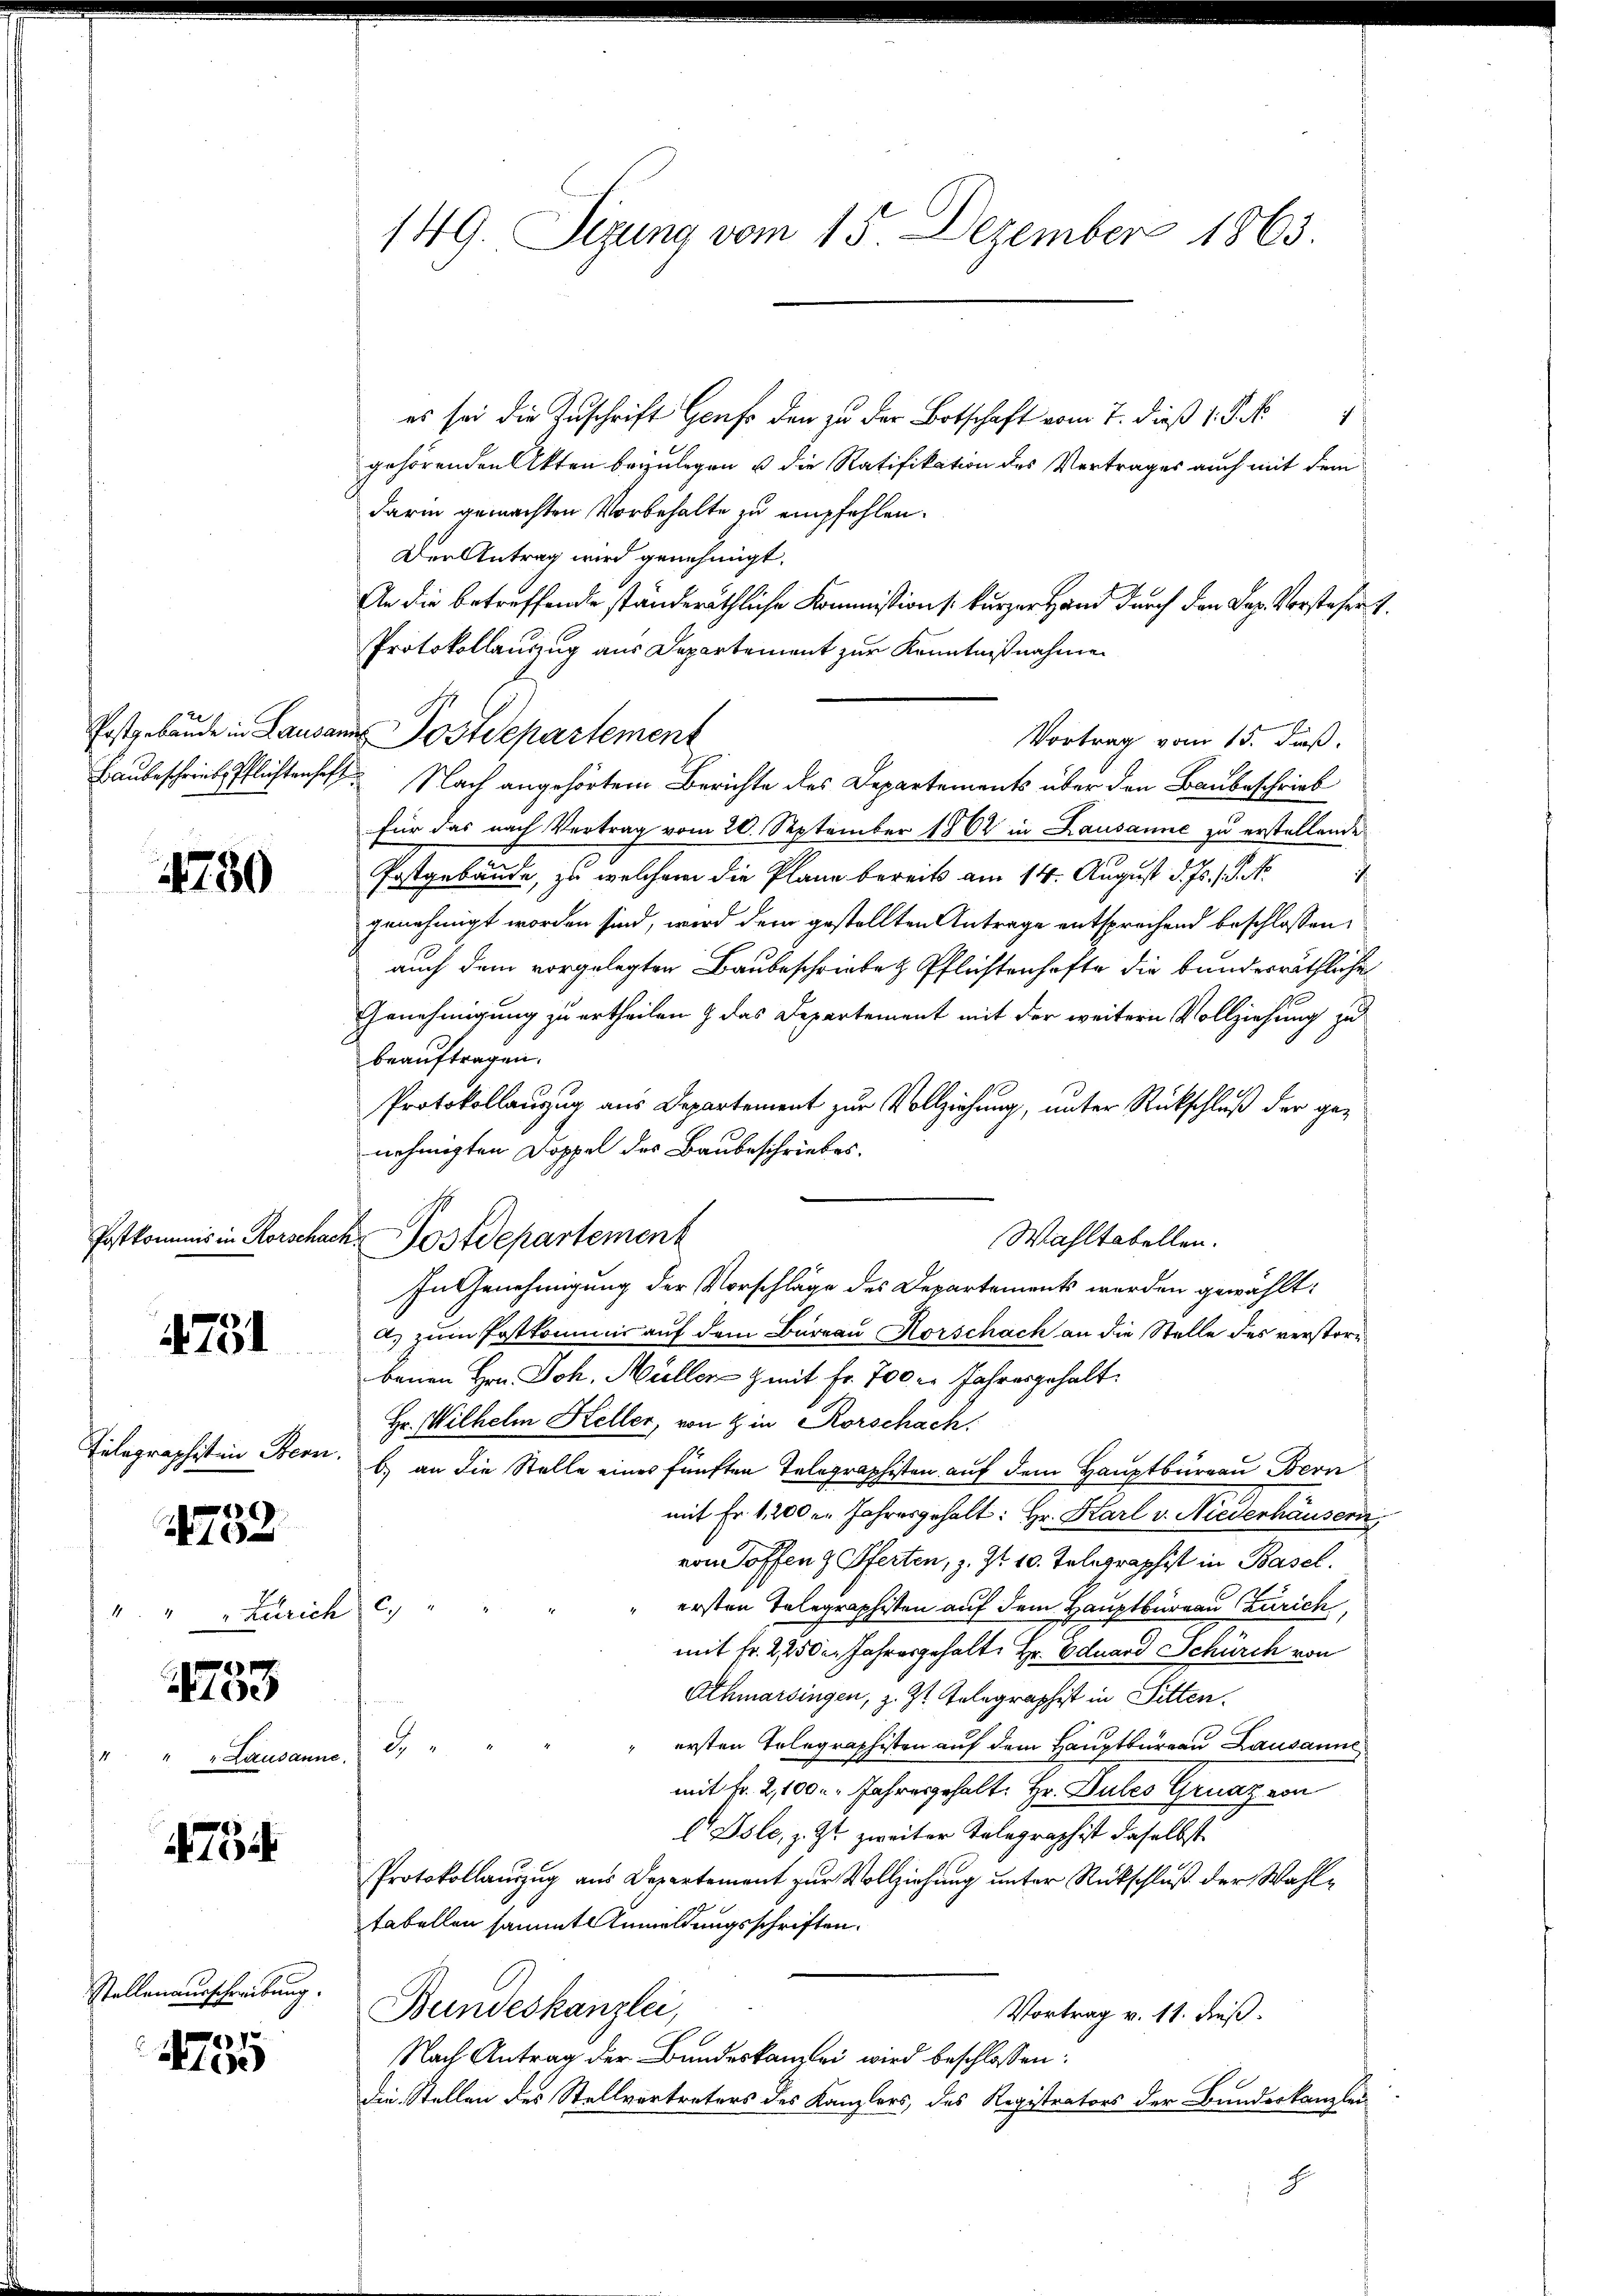
Postgebäude in Lausan
Baubeschriebes Pflichtenhaf

4750

4751

Telegraphisten Bern

)
16
e

4

1753

7

1 Landann

Stellenausschreibung.

4795

¬

Zürich

149. Sizung vom 15. Dezember 1863.

es sei die Zuschrift Genf den zu der Botschaft vom 7. dieß 1 S. Nr.
1
gehörenden Akten beyzulegen u die Ratifikation des Vertrages auch mit dem
darin gemachten Vorbehalte zu empfehlen.
Den Antrag wird genehmigt.
An die betreffende ständeräthliche Kommission (kurzer Hand durch den Sep. Vorstehers.
Protokollanzzug aus Departement zur Kenntnißnahme
 Postdepartement
Vortrag vom 15. daß
 Nach angehörtem Berichte des Departements über den Baubeschrieb
für das nach Vertrag vom 20. September 1862 in Lausanne zu erstellende
Postgebäude, zu welchem die Plane bereits am 14. August d. Js. 1. No
genehmigt worden sind, wird dem gestellten Antrage entsprochend beschlossen,
auch dem vorgelegten Baubeschriebe & Pflichtenhafte die bunderräthliche
Genehmigung zu ertheilen & das Departement mit der weitern Vollziehung zu
beauftragen.
Protokollauszug aus Departement zur Vollziehung, unter Rückschluß der ge-
nehmigten Doppel des Baubeschriebes.
Wahltabellen.
A.) zum Postkommis auf dem Bureau Horschach an die Stelle des verstorbenen Hrn. Joh. Müller & mit fr. 700 l. Jahresgehalt
Hr. Wilhelm Heller, von & in Rorschach.
b) an die Stelle eines fünften Telegraphisten auf dem Hauptbüreau Bern
mit Fr. 1200 u. Jahresgehalt: Hr. Karl v. Niederhäusern
von Toffen & Pferten, z. Z. 10. Telegraphist in Basel.
" ersten Telegraphisten auf dem Hauptbureau Zürich,
22
mit Fr. 2, 2500. Jahresgehalt Hr. Eduard Schürch von
Athmarsingen, z. Zt. Telegraphist in Sitten.
" ersten Telegraphisten auf dem Hauptbureau Lausanne
g
mit Fr. 2,100 r. Jahresgehalt: Hr. Dules Graz von
 Isle, z. Zt. zweiter Telegraphist daselbst.
Protokollauszug aus Departement zur Vollziehung unter Rückschluß der Wahltabellen sammt Anmeldungsschriften.
Bundeskanzlei,
Vortrag v. 11. dieß.
Nach Antrag der Bundeskanzlei wird beschlossen:
die Stellen des Stellvertreters des Kanzlers, des Registrators der Bunderkanzlei
E

Postkommis in Rorschach Postdepartement

In Genehmigung der Vorschläge des Departements werden gewählt: